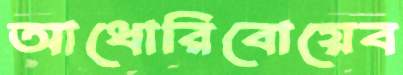
আধোরিবোয়েব